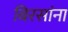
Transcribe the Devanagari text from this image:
बिरसांना